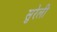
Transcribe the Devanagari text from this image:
सुरेली